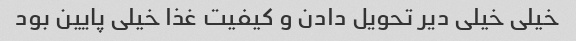
خیلی خیلی دیر تحویل دادن و کیفیت غذا خیلی پایین بود